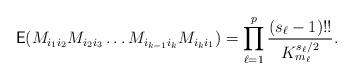
LaTeX: \begin{align*}\mathsf{E}(M_{i_1i_2}M_{i_2i_3}\ldots M_{i_{k-1}i_k}M_{i_ki_1})=\prod_{\ell=1}^{p} \frac{(s_{\ell}-1)!!}{K_{m_{\ell}}^{s_{\ell}/2}}.\end{align*}